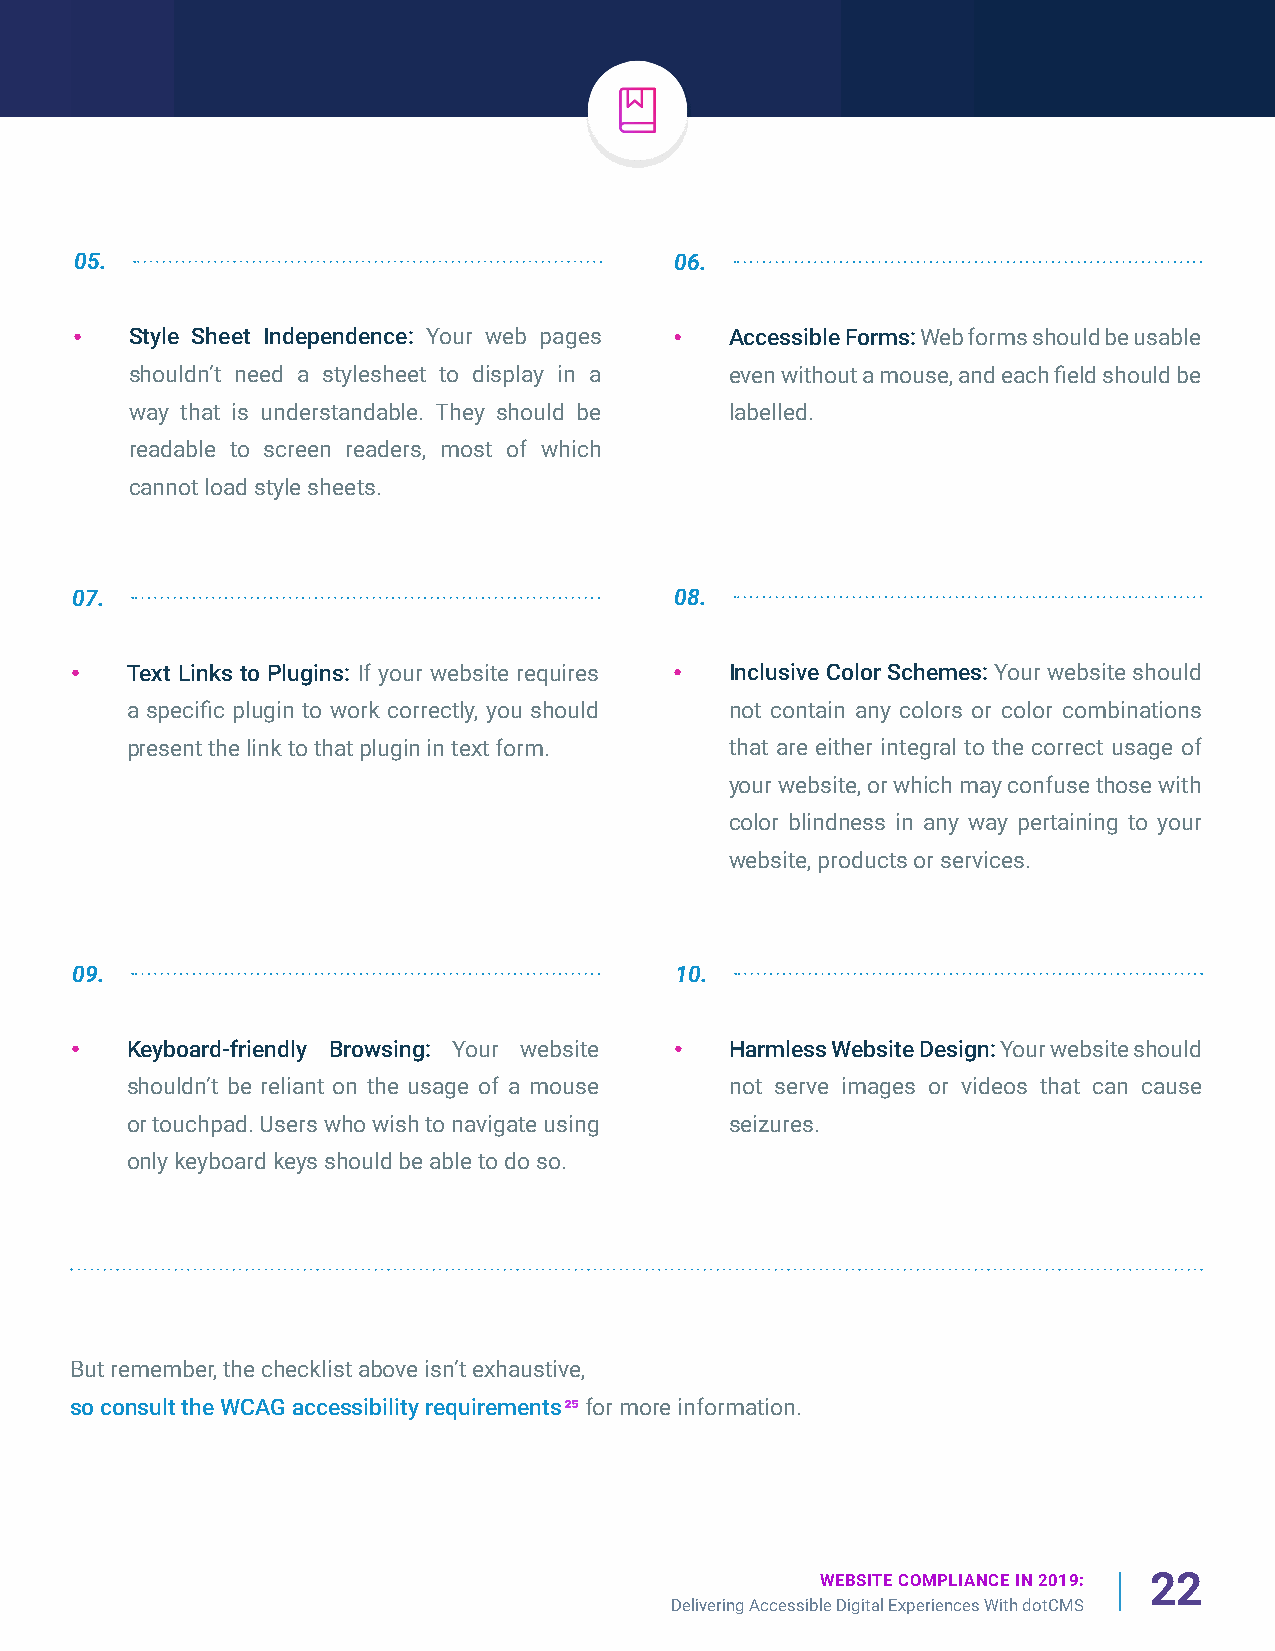
05.                                     06.
 Style Sheet Independence: Your web pages Accessible Forms: Web forms should be usable
 shouldn’t need a stylesheet to display in a even without a mouse, and each field should be
 way that is understandable. They should be labelled.
 readable to screen readers, most of which
 cannot load style sheets.
 07.                                     08.
 Text Links to Plugins: If your website requires Inclusive Color Schemes: Your website should
 a specific plugin to work correctly, you should not contain any colors or color combinations
 present the link to that plugin in text form. that are either integral to the correct usage of
 your website, or which may confuse those with
 color blindness in any way pertaining to your
 website, products or services.
 09.                                     10.
 Keyboard-friendly Browsing: Your website Harmless Website Design: Your website should
 shouldn’t be reliant on the usage of a mouse not serve images or videos that can cause
 or touchpad. Users who wish to navigate using seizures.
 only keyboard keys should be able to do so.
 But remember, the checklist above isn’t exhaustive,
 so consult the WCAG accessibility requirements25 for more information.
 WEBSITE COMPLIANCE IN 2019: 22
 Delivering Accessible Digital Experiences With dotCMS